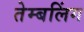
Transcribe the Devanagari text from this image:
तेम्बलिंग